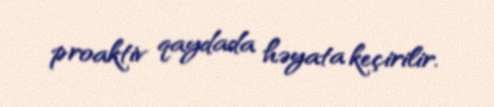
proaktiv qaydada həyata keçirilir.